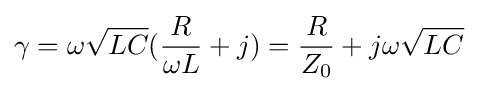
\gamma =\omega {\sqrt {LC}}({\frac {R}{\omega L}}+j)={\frac {R}{Z_{0}}}+j\omega {\sqrt {LC}}